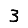
Digit: 3